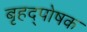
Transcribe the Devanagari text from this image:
बृहद्पोषक